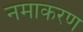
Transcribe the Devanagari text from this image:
नमाकरण